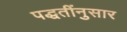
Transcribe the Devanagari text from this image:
पद्धतींनुसार